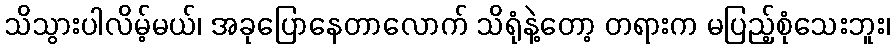
သိသွားပါလိမ့်မယ်၊ အခုပြောနေတာလောက် သိရုံနဲ့တော့ တရားက မပြည့်စုံသေးဘူး၊